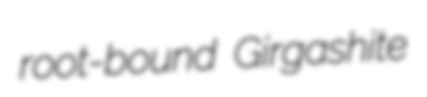
root-bound Girgashite